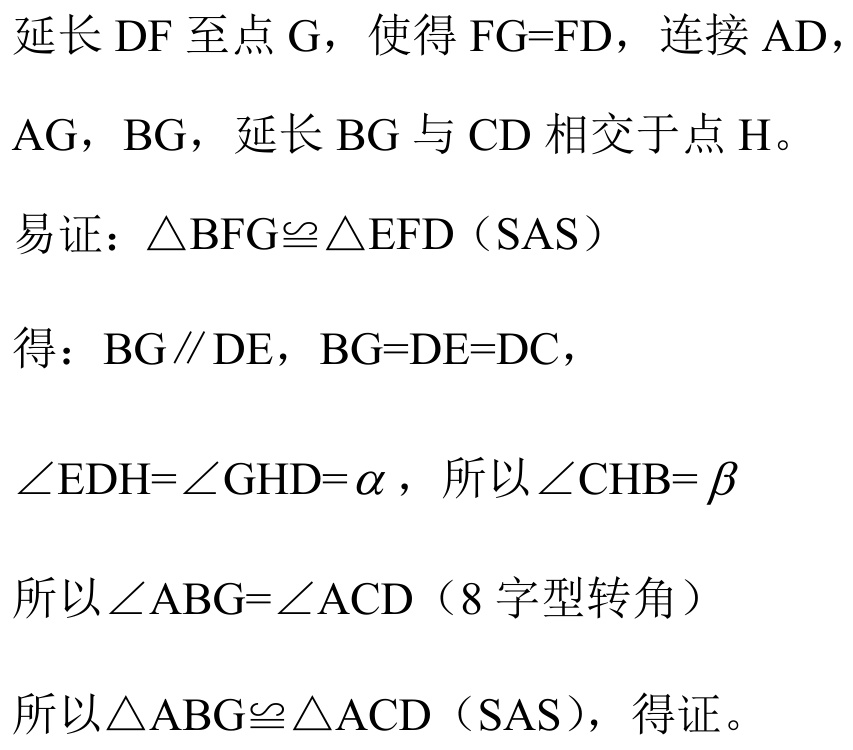
延长$\mathrm{DF}$至点$\mathrm{G}$，使得$\mathrm{FG}=\mathrm{FD}$，连接$\mathrm{AD}$，
$\mathrm{AG}$，$\mathrm{BG}$，延长$\mathrm{BG}$与$\mathrm{CD}$相交于点$\mathrm{H}$。
易证：$\triangle \mathrm{BFG}\cong\triangle \mathrm{EFD}$（SAS）
得：$\mathrm{BG}\parallel\mathrm{DE}$，$\mathrm{BG}=\mathrm{DE}=\mathrm{DC}$，
$\angle \mathrm{EDH}=\angle \mathrm{GHD}=\alpha$，所以$\angle \mathrm{CHB}=\beta$
所以$\angle \mathrm{ABG}=\angle \mathrm{ACD}$（8 字型转角）
所以$\triangle \mathrm{ABG}\cong\triangle \mathrm{ACD}$（SAS），得证。